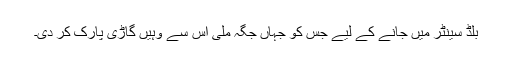
بلڈ سینٹر میں جانے کے لیے جس کو جہاں جگہ ملی اس سے وہیں گاڑی پارک کر دی۔